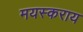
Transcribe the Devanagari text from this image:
मयस्कराय